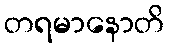
တရမာနောတိ